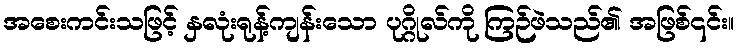
အစေးကင်းသဖြင့် နှလုံးရုန့်ကျန်းသော ပုဂ္ဂိုလ်ကို ကြဉ်ဖဲသည်၏ အဖြစ်၎င်း။